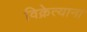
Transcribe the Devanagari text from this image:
विक्रेत्याना